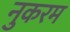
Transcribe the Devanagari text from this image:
नुकरम